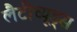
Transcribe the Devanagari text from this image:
लैटीच्यूड्स